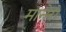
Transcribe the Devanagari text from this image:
मानेरो